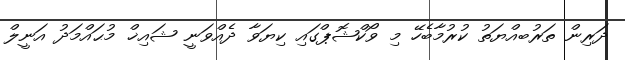
ދަރިން ތަރުބއްޔަތު ކުރުމާބެހޭ މި ވޯކްޝޮޕްގައި ކިޔަވާ ދެއްވަނީ ޝައިޚް މުޙައްމަދު އަނީލް